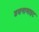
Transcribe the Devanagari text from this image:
डयनामाइट